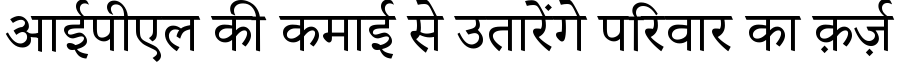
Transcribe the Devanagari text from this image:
आईपीएल की कमाई से उतारेंगे परिवार का क़र्ज़